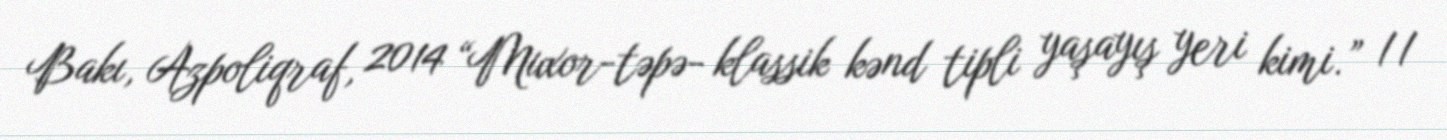
Bakı, Azpoliqraf, 2014 “Muxor-təpə- klassik kənd tipli yaşayış yeri kimi.” //